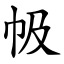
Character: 㠷